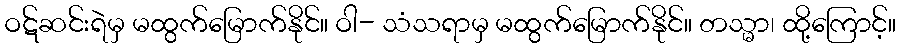
ဝဋ်ဆင်းရဲမှ မထွက်မြောက်နိုင်။ ဝါ- သံသရာမှ မထွက်မြောက်နိုင်။ တသ္မာ၊ ထို့ကြောင့်။